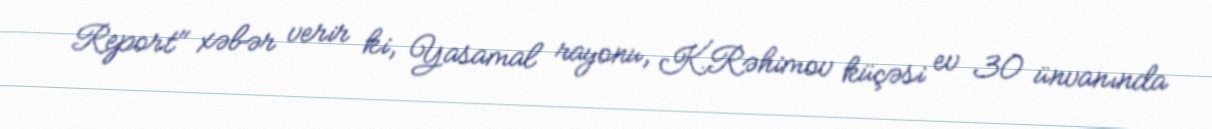
Report" xəbər verir ki, Yasamal rayonu, K.Rəhimov küçəsi ev 30 ünvanında